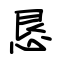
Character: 恳